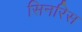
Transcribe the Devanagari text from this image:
सिनरिस